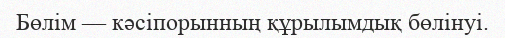
Бөлім — кәсіпорынның құрылымдық бөлінуі.